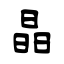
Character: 晶